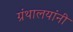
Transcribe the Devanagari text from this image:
ग्रंथालयांनी